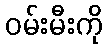
ဝမ်းမီးကို